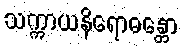
သက္ကာယနိရောဓန္တော